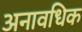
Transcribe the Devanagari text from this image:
अनावधिक